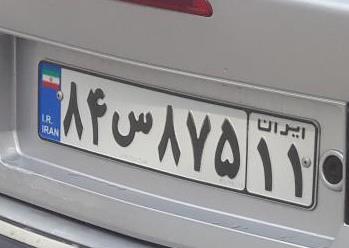
۸۴س۸۷۵۱۱